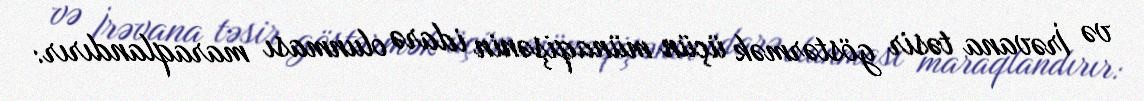
və İrəvana təsir göstərmək üçün münaqişənin idarə olunması maraqlandırır: